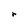
Character: r